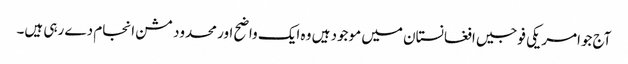
آج جوامریکی فوجیں افغانستان میں موجود ہیں وہ ایک واضح اور محدود مشن انجام دے رہی ہیں۔